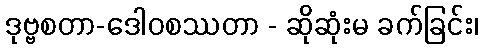
ဒုဗ္ဗစတာ-ဒေါဝစဿတာ - ဆိုဆုံးမ ခက်ခြင်း၊